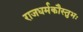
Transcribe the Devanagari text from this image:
राजधर्मकौस्तुभः